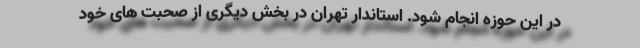
در این حوزه انجام شود. استاندار تهران در بخش دیگری از صحبت های خود